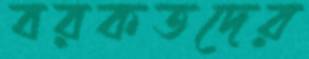
বরকতদের